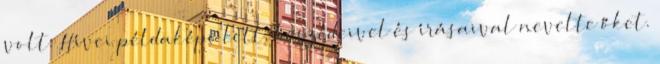
volt. Hívei példaképe lett, beszédeivel és írásaival nevelte őket.